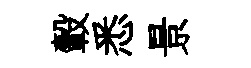
轂悉景